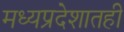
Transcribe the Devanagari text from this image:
मध्यप्रदेशातही